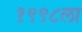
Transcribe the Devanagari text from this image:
१९९८ला